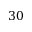
3 0